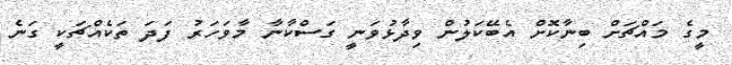
މީގެ މައްޗަށް ބިނާކޮށް އެބޭކަލުން ވިދާޅުވަނީ ގަސްކާނާ މާވަހަރު ފަދަ ތަކެއްޗަކީ ގަނެ